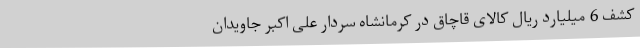
کشف 6 میلیارد ریال کالای قاچاق در کرمانشاه سردار علی اکبر جاویدان